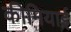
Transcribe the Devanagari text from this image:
कीमियाई